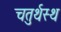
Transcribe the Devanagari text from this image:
चतुर्थस्थ